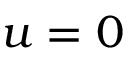
u = 0